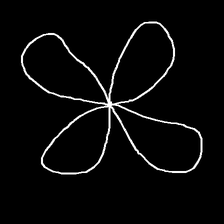
Glyph: billowing